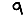
Digit: 9